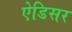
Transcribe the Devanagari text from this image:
ऐडिसर